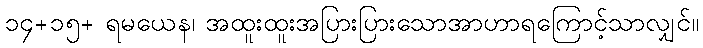
၁၄+၁၅+ ရမယေန၊ အထူးထူးအပြားပြားသောအာဟာရကြောင့်သာလျှင်။